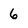
Character: 6